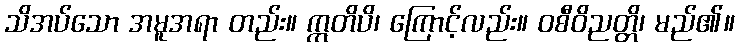
သိအပ်သော အမူအရာ တည်း။ ဣတိပိ၊ ကြောင့်လည်း။ ဝစီဝိညတ္တိ၊ မည်၏။